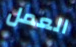
العمل